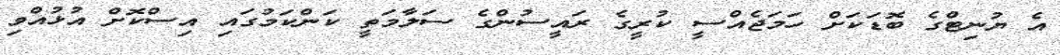
އެ ޔުނިޓްގެ ބޮޑަކަށް ހަަމަޖެއްސީ ކުރީގެ ރައީސުންގެ ސަލާމަތީ ކަންކަމުގައި އިސްކޮށް އުޅުއްވި